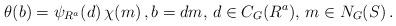
LaTeX: \begin{align*}\theta(b) = \psi_{R^a}(d)\,\chi(m) \,, b=dm, \,d\in C_G(R^a), \, m\in N_G(S) \,.\end{align*}